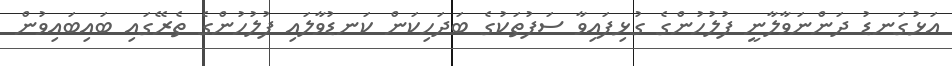
އަޅުގަނޑު ދަންނަވާލާނީ ފުލުހުންގެ ގުޅިފައިވާ ސަފުތަކުގެ ބަދަހިކަން ކަނޑުވާލައި ފުލުހުންގެ ތެރޭގައި ބައިބައިވުން